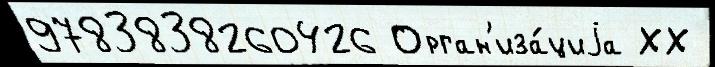
9783838260426 Орган'иза́циjа ХХ